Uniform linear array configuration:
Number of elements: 24
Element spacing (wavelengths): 0.75
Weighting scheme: blackman
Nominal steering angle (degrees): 45
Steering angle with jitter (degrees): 45.365
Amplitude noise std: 0.05
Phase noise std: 0.05

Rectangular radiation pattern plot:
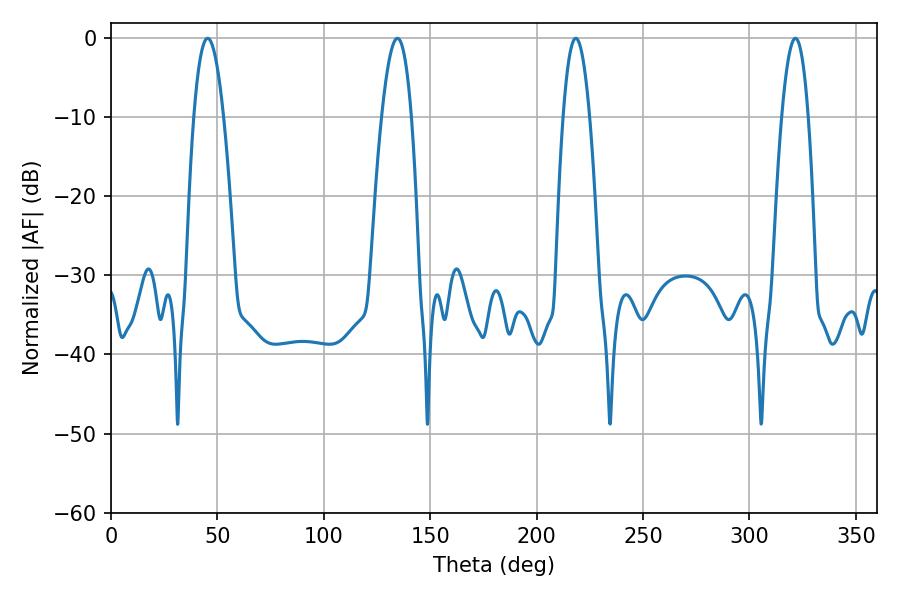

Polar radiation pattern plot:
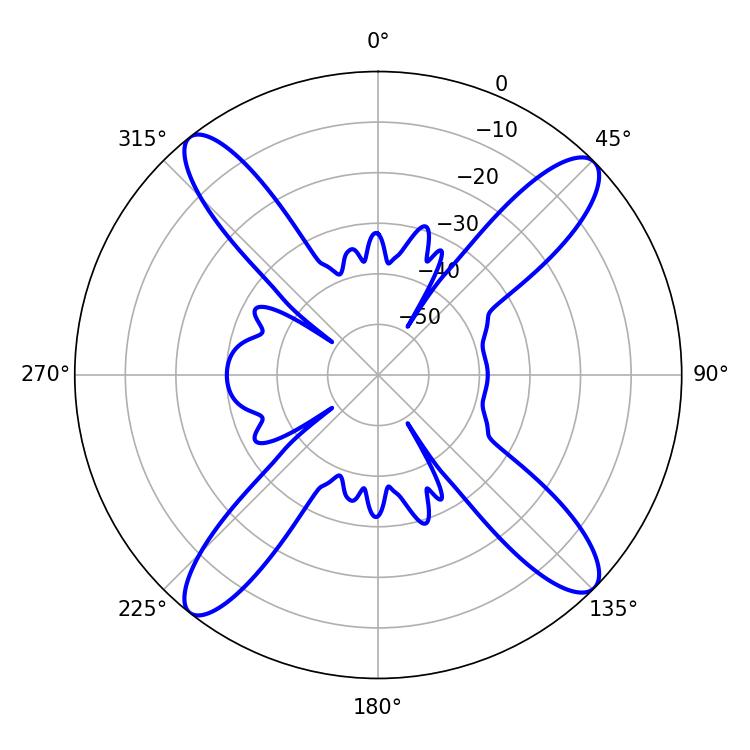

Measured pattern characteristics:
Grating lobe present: TRUE
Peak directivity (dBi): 16.42
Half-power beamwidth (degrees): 7.56
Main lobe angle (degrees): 45.36